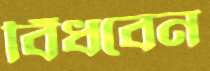
বিঁধবেন